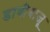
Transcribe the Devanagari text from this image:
डावीबाजू